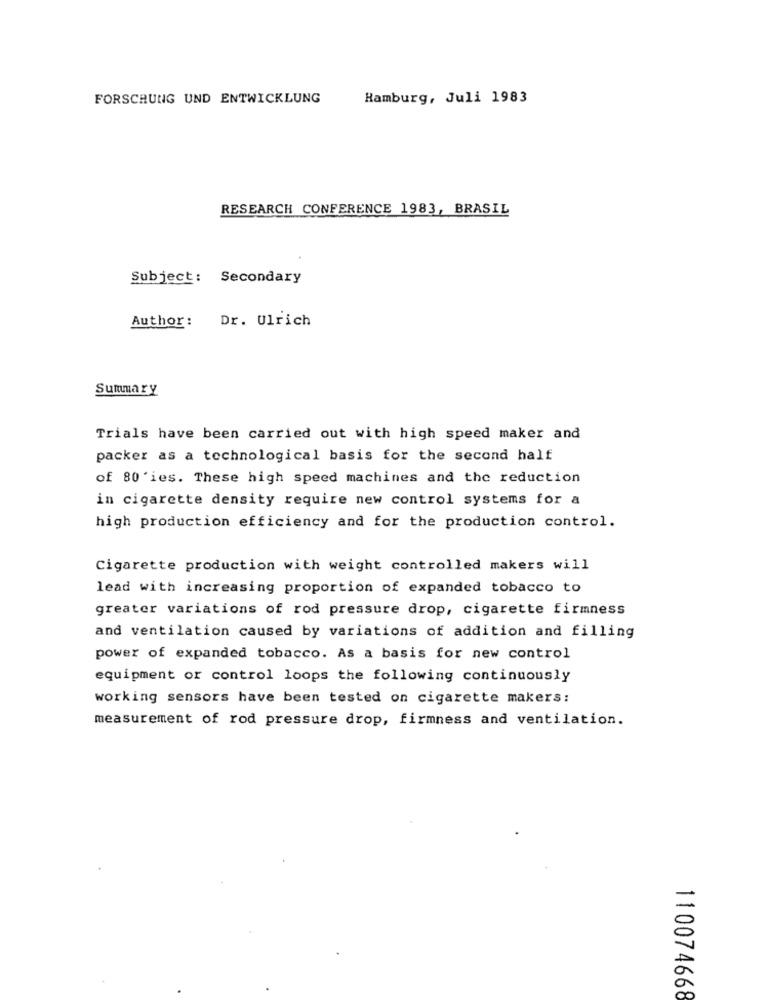
FORSCHUNG UND ENTWICKLUNG
Hamburg, Juli 1983
RESEARCH CONFERENCE 1983, BRASIL
Subject: Secondary
Author:
Dr. Ulrich
Summary
Trials have been carried out with high speed maker and
packer as a technological basis for the second half
of 80'ies. These high speed machines and the reduction
in cigarette density require new control systems for a
high production efficiency and for the production control.
Cigarette production with weight controlled makers will
lead with increasing proportion of expanded tobacco to
greater variations of rod pressure drop, cigarette firmness
and ventilation caused by variations of addition and filling
power of expanded tobacco. As a basis for new control
equipment or control loops the following continuously
working sensors have been tested on cigarette makers:
measurement of rod pressure drop, firmness and ventilation.
110074668